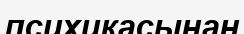
психикасынан